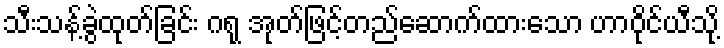
သီးသန့်ခွဲထုတ်ခြင်း ဂရု အုတ်ဖြင့်တည်ဆောက်ထားသော ဟာဝိုင်ယီသို့